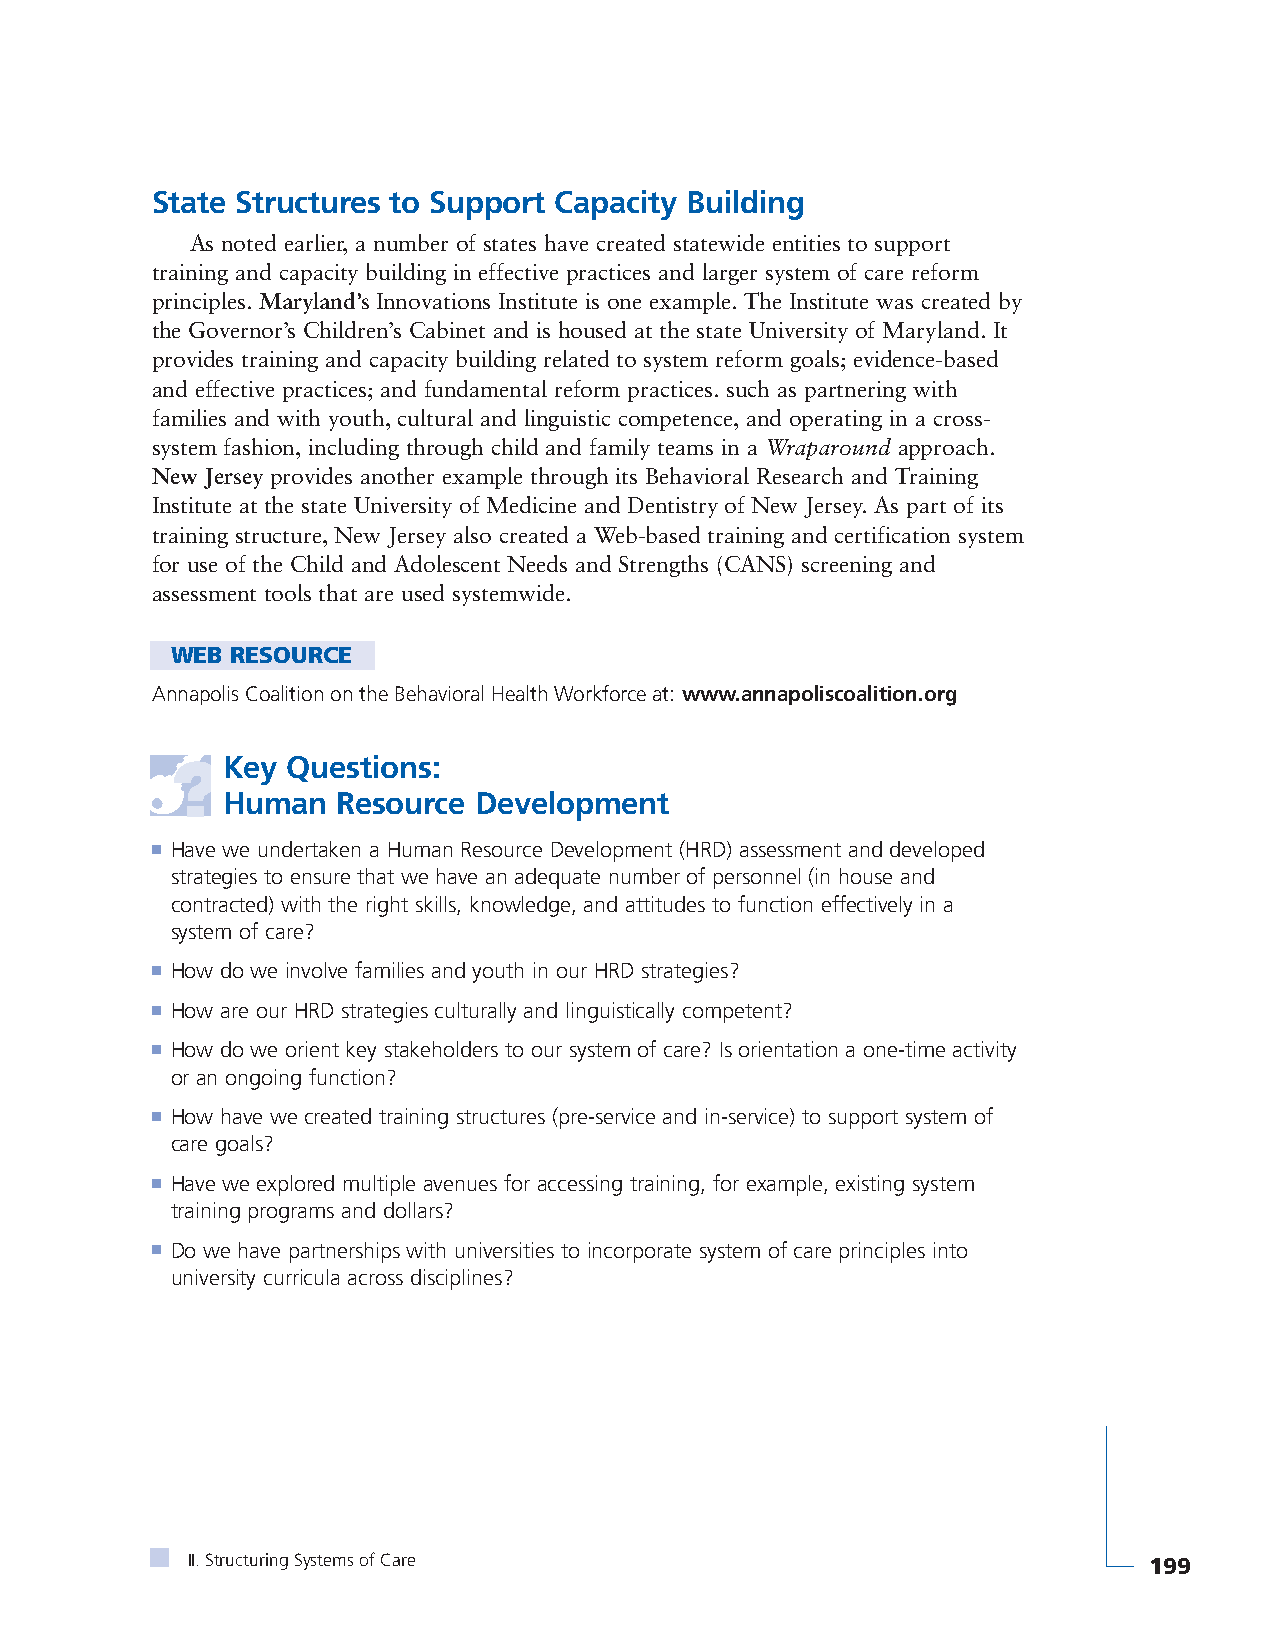
State Structures to Support Capacity Building
 As noted earlier, a number of states have created statewide entities to support
 training and capacity building in effective practices and larger system of care reform
 principles. Maryland’s Innovations Institute is one example. The Institute was created by
 the Governor’s Children’s Cabinet and is housed at the state University of Maryland. It
 provides training and capacity building related to system reform goals; evidence-based
 and effective practices; and fundamental reform practices. such as partnering with
 families and with youth, cultural and linguistic competence, and operating in a cross-
 system fashion, including through child and family teams in a Wraparound approach.
 New Jersey provides another example through its Behavioral Research and Training
 Institute at the state University of Medicine and Dentistry of New Jersey. As part of its
 training structure, New Jersey also created a Web-based training and certification system
 for use of the Child and Adolescent Needs and Strengths (CANS) screening and
 assessment tools that are used systemwide.
 WEB RESOURCE
 Annapolis Coalition on the Behavioral Health Workforce at: www.annapoliscoalition.org
 Key Questions:
 Human  Resource Development
 ■ Have we undertaken a Human Resource Development (HRD) assessment and developed
 strategies to ensure that we have an adequate number of personnel (in house and
 contracted) with the right skills, knowledge, and attitudes to function effectively in a
 system of care?
 ■ How do we involve families and youth in our HRD strategies?
 ■ How are our HRD strategies culturally and linguistically competent?
 ■ How do we orient key stakeholders to our system of care? Is orientation a one-time activity
 or an ongoing function?
 ■ How have we created training structures (pre-service and in-service) to support system of
 care goals?
 ■ Have we explored multiple avenues for accessing training, for example, existing system
 training programs and dollars?
 ■ Do we have partnerships with universities to incorporate system of care principles into
 university curricula across disciplines?
 II. Structuring Systems of Care                                 199